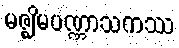
မဇ္ဈိမပဏ္ဏာသကဿ